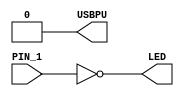
module inv (
    input PIN_1,
    output LED,   // User/boot LED next to power LED
    output USBPU  // USB pull-up resistor
);
    // drive USB pull-up resistor to '0' to disable USB
    assign USBPU = 0;

    ////////
    // make a simple blink circuit
    ////////
    
    wire PIN_1;
    wire LED;

    assign LED = ~PIN_1;
endmodule